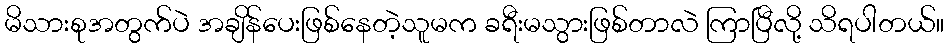
မိသားစုအတွက်ပဲ အချိန်ပေးဖြစ်နေတဲ့သူမက ခရီးမသွားဖြစ်တာလဲ ကြာပြီလို့ သိရပါတယ်။